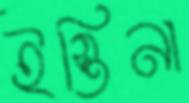
ইস্তিনা